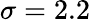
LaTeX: \sigma=2.2